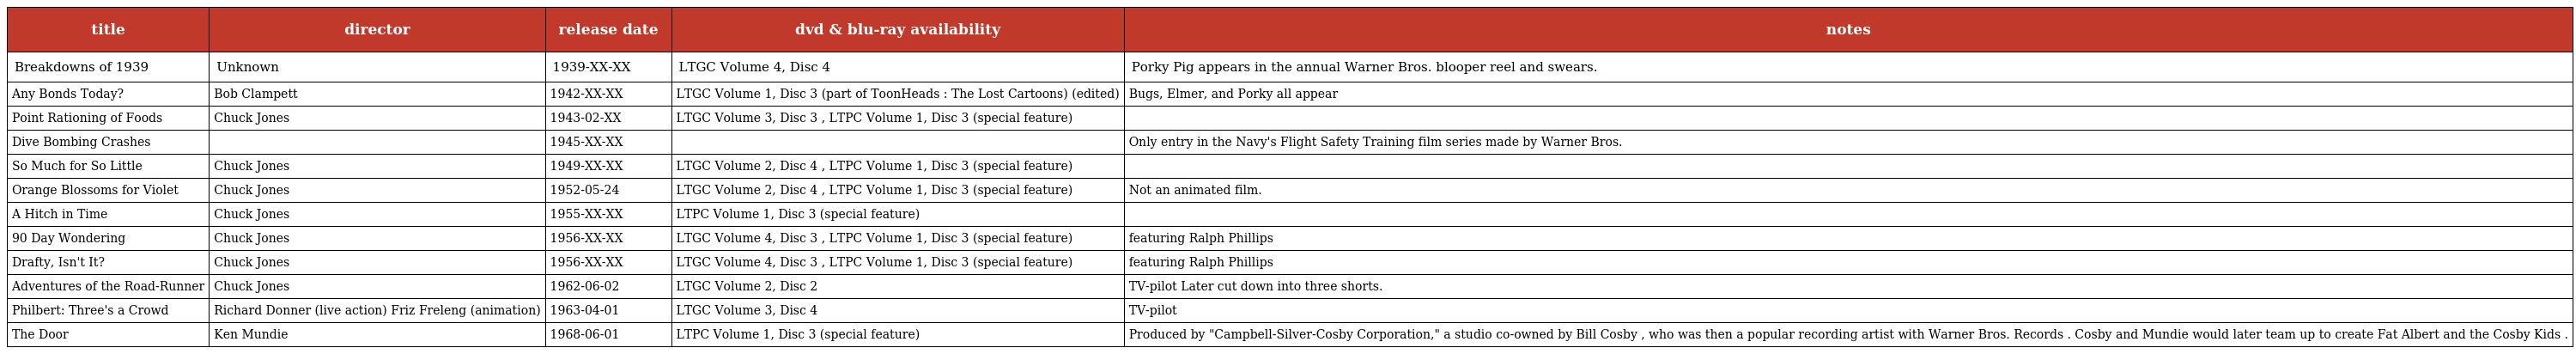
| title | director | release date | dvd & blu-ray availability | notes |
 | --- | --- | --- | --- | --- |
 | Breakdowns of 1939 | Unknown | 1939-XX-XX | LTGC Volume 4, Disc 4 | Porky Pig appears in the annual Warner Bros. blooper reel and swears. |
 | Any Bonds Today? | Bob Clampett | 1942-XX-XX | LTGC Volume 1, Disc 3 (part of ToonHeads : The Lost Cartoons) (edited) | Bugs, Elmer, and Porky all appear |
 | Point Rationing of Foods | Chuck Jones | 1943-02-XX | LTGC Volume 3, Disc 3 , LTPC Volume 1, Disc 3 (special feature) |  |
 | Dive Bombing Crashes |  | 1945-XX-XX |  | Only entry in the Navy's Flight Safety Training film series made by Warner Bros. |
 | So Much for So Little | Chuck Jones | 1949-XX-XX | LTGC Volume 2, Disc 4 , LTPC Volume 1, Disc 3 (special feature) |  |
 | Orange Blossoms for Violet | Chuck Jones | 1952-05-24 | LTGC Volume 2, Disc 4 , LTPC Volume 1, Disc 3 (special feature) | Not an animated film. |
 | A Hitch in Time | Chuck Jones | 1955-XX-XX | LTPC Volume 1, Disc 3 (special feature) |  |
 | 90 Day Wondering | Chuck Jones | 1956-XX-XX | LTGC Volume 4, Disc 3 , LTPC Volume 1, Disc 3 (special feature) | featuring Ralph Phillips |
 | Drafty, Isn't It? | Chuck Jones | 1956-XX-XX | LTGC Volume 4, Disc 3 , LTPC Volume 1, Disc 3 (special feature) | featuring Ralph Phillips |
 | Adventures of the Road-Runner | Chuck Jones | 1962-06-02 | LTGC Volume 2, Disc 2 | TV-pilot Later cut down into three shorts. |
 | Philbert: Three's a Crowd | Richard Donner (live action) Friz Freleng (animation) | 1963-04-01 | LTGC Volume 3, Disc 4 | TV-pilot |
 | The Door | Ken Mundie | 1968-06-01 | LTPC Volume 1, Disc 3 (special feature) | Produced by "Campbell-Silver-Cosby Corporation," a studio co-owned by Bill Cosby , who was then a popular recording artist with Warner Bros. Records . Cosby and Mundie would later team up to create Fat Albert and the Cosby Kids . |